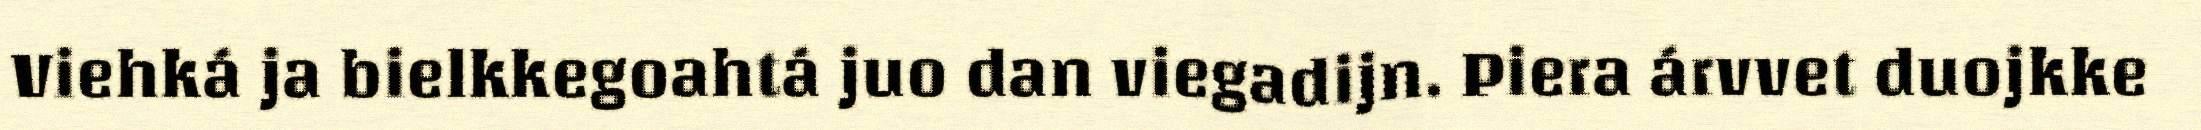
Viehká ja bielkkegoahtá juo dan viegadijn. Piera árvvet duojkke